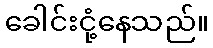
ခေါင်းငုံ့နေသည်။